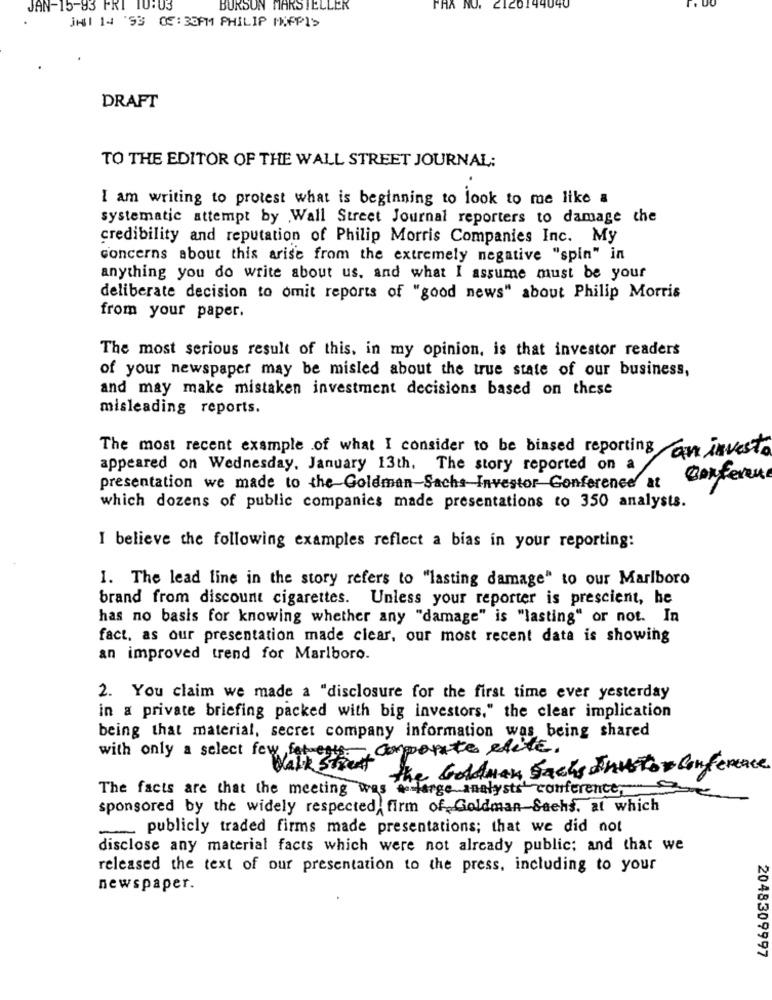
JAN-15-83 FRI 10:03
BURSON MARSTELLER
FRA NO. 2120144040
jul 14 93 05: 33PM PHILIP MUFFI>
DRAFT
TO THE EDITOR OF THE WALL STREET JOURNAL:
I am writing to protest what is beginning to look to me like a
systematic attempt by Wall Street Journal reporters to damage the
credibility and reputation of Philip Morris Companies Inc. My
concerns about this arise from the extremely negative "spin" in
anything you do write about us, and what I assume must be your
deliberate decision to omit reports of "good news" about Philip Morris
from your paper.
The most serious result of this, in my opinion, is that investor readers
of your newspaper may be misled about the true state of our business,
and may make mistaken investment decisions based on these
misleading reports.
The most recent example of what I consider to be biased reporting an investo
appeared on Wednesday, January 13th. The story reported on a
Conference
presentation we made to the Goldman-Sachs Investor Conference at
which dozens of public companies made presentations to 350 analysts.
I believe the following examples reflect a bias in your reporting:
1. The lead line in the story refers to "lasting damage" to our Marlboro
brand from discount cigarettes. Unless your reporter is prescient, he
has no basis for knowing whether any "damage" is "lasting" or not. In
fact, as our presentation made clear, our most recent data is showing
an improved trend for Marlboro.
2. You claim we made a "disclosure for the first time ever yesterday
in a private briefing packed with big investors," the clear implication
being that material, secret company information was being shared
with only a select fow farmers por edite .
Walk Street
the Goldman Sachs Invio- Conference
The facts are that the meeting was a large analysts conference
sponsored by the widely respected firm of Goldman Sachs, at which
publicly traded firms made presentations; that we did not
disclose any material facts which were not already public; and that we
released the text of our presentation to the press, including to your
newspaper.
2048309997